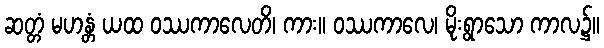
ဆတ္တံ မဟန္တံ ယထ ဝဿကာလေတိ၊ ကား။ ဝဿကာလေ၊ မိုးရွာသော ကာလ၌။